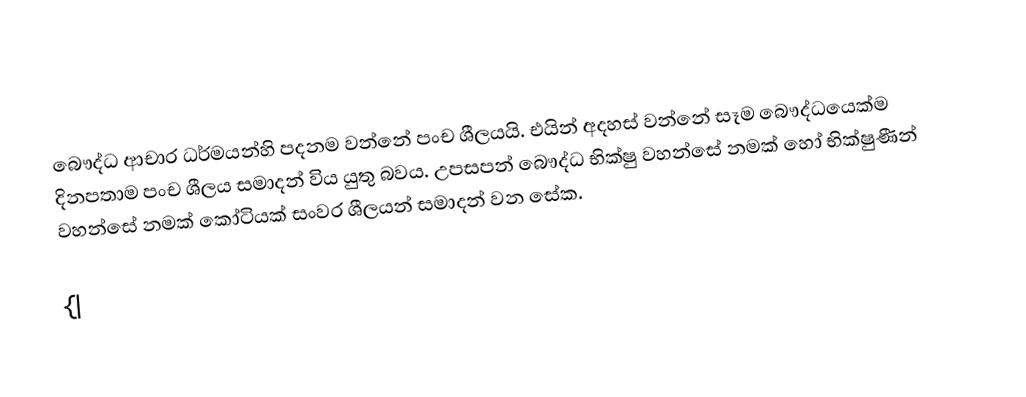
බෞද්ධ ආචාර ධර්මයන්හි පදනම වන්නේ පංච ශීලයයි. එයින් අදහස් වන්නේ සෑම බෞද්ධයෙක්ම  දිනපතාම පංච ශීලය සමාදන් විය යුතු බවය. උපසපන් බෞද්ධ භික්ෂු වහන්සේ නමක් හෝ භික්ෂුණීන් වහන්සේ නමක් කෝටියක් සංවර ශීලයන් සමාදන් වන සේක.

{|